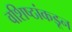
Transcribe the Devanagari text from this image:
वशिष्ठांकडून